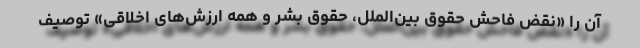
آن را «نقض فاحش حقوق بین‌الملل، حقوق بشر و همه ارزش‌های اخلاقی» توصیف